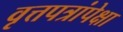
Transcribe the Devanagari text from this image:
वृत्तपत्रांपेक्षा